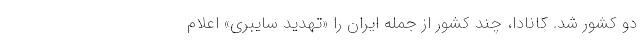
دو کشور شد. کانادا، چند کشور از جمله ایران را «تهدید سایبری» اعلام